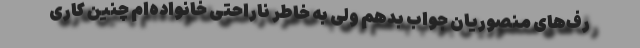
رف‌های منصوریان جواب بدهم ولی به خاطر ناراحتی خانواده‌ام چنین کاری